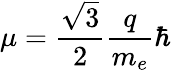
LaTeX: \mu={\frac{\sqrt{3}}{2}}{\frac{q}{m_{e}}}\hbar